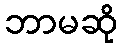
ဘာမဆို